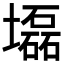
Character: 𡓃